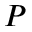
P